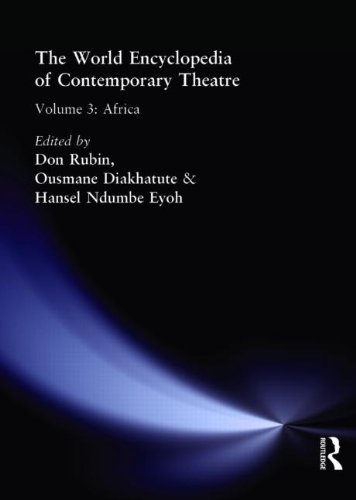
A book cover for World Encyclopedia of Contemporary Theatre: Volume 3: Africa; Reference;